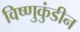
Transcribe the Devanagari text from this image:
विष्णुकुंडीन